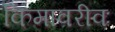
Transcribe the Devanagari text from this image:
किमावरीवः